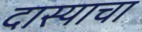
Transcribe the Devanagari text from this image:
दास्याचा